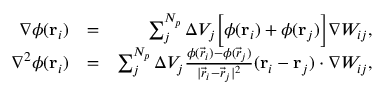
\begin{array} { r l r } { \nabla \phi ( \boldsymbol { \mathbf { r } } _ { i } ) } & { = } & { \sum _ { j } ^ { N _ { p } } \Delta { V } _ { j } \Bigl [ \phi ( \boldsymbol { \mathbf { r } } _ { i } ) + \phi ( \boldsymbol { \mathbf { r } } _ { j } ) \Bigr ] \nabla W _ { i j } , } \\ { \nabla ^ { 2 } \phi ( \boldsymbol { \mathbf { r } } _ { i } ) } & { = } & { \sum _ { j } ^ { N _ { p } } \Delta { V } _ { j } \frac { \phi ( \vec { r } _ { i } ) - \phi ( \vec { r } _ { j } ) } { | \vec { r } _ { i } - \vec { r } _ { j } | ^ { 2 } } ( \boldsymbol { \mathbf { r } } _ { i } - \boldsymbol { \mathbf { r } } _ { j } ) \cdot \nabla W _ { i j } , } \end{array}